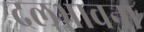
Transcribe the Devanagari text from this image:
दलभावना